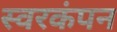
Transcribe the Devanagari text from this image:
स्वरकंपन